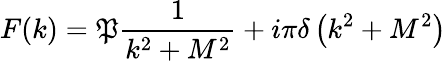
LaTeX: F(k)=\mathfrak{P}\frac{{1}}{{k^{2}+M^{2}}}+i\pi\delta\left(k^{2}+M^{2}\right)